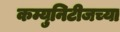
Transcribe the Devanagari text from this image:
कम्युनिटीजच्या